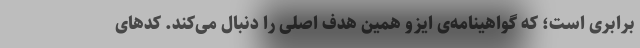
برابری است؛ که گواهینامه‌ی ایزو همین هدف اصلی را دنبال می‌کند. کدهای